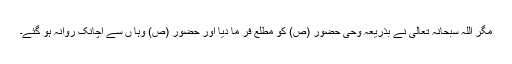
مگر اللہ سبحانہ تعالیٰ نے بذریعہ وحی حضور (ص) کو مطلع فر ما دیا اور حضور (ص) وہا ں سے اچانک روانہ ہو گئے۔